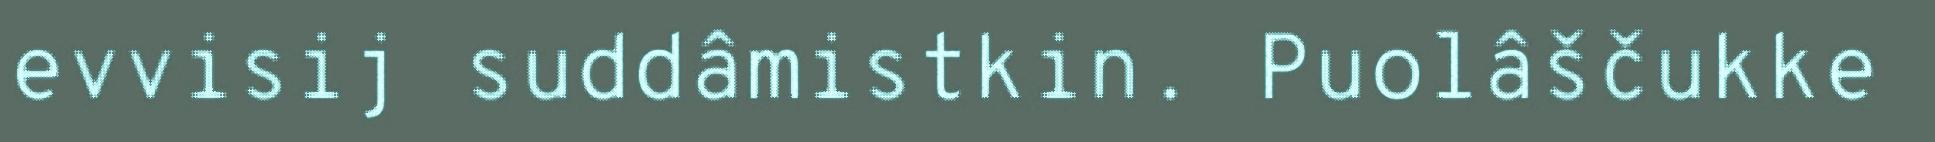
evvisij suddâmistkin. Puolâščukke